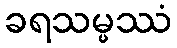
ခရသမ္ဖဿံ